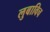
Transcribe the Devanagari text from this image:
लुबाविच